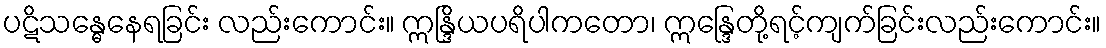
ပဋိသန္ဓေနေရခြင်း လည်းကောင်း။ ဣန္ဒြိယပရိပါကတော၊ ဣန္ဒြေတို့ရင့်ကျက်ခြင်းလည်းကောင်း။